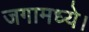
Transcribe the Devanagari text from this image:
जगामध्ये।